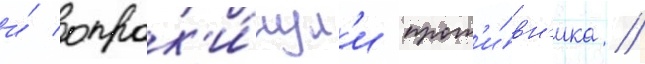
и́ опрок'и́нул'и прот'и́вн'ика //